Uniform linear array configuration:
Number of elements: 48
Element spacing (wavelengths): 0.75
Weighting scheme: kaiser
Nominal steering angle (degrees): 0
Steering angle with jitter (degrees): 1.554
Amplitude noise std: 0.05
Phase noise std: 0.05

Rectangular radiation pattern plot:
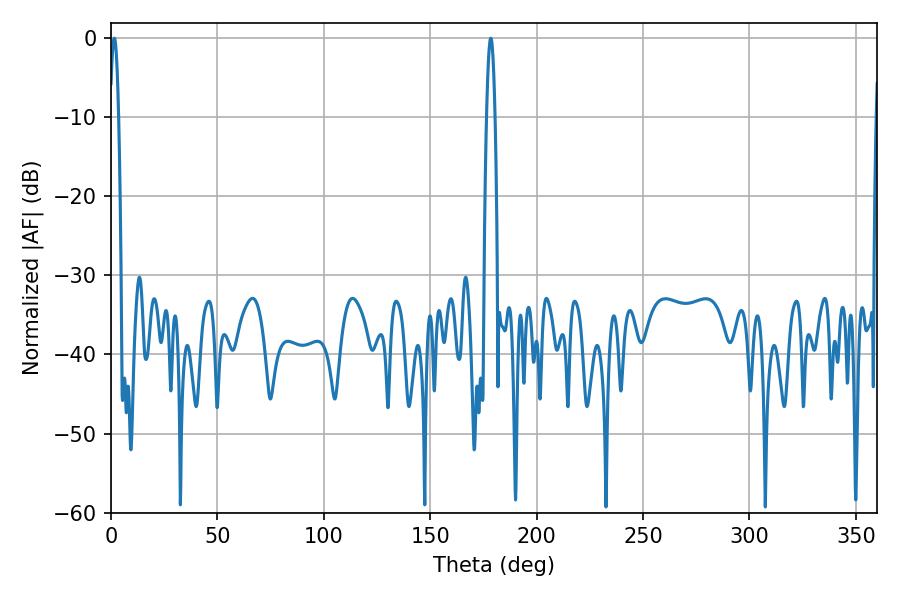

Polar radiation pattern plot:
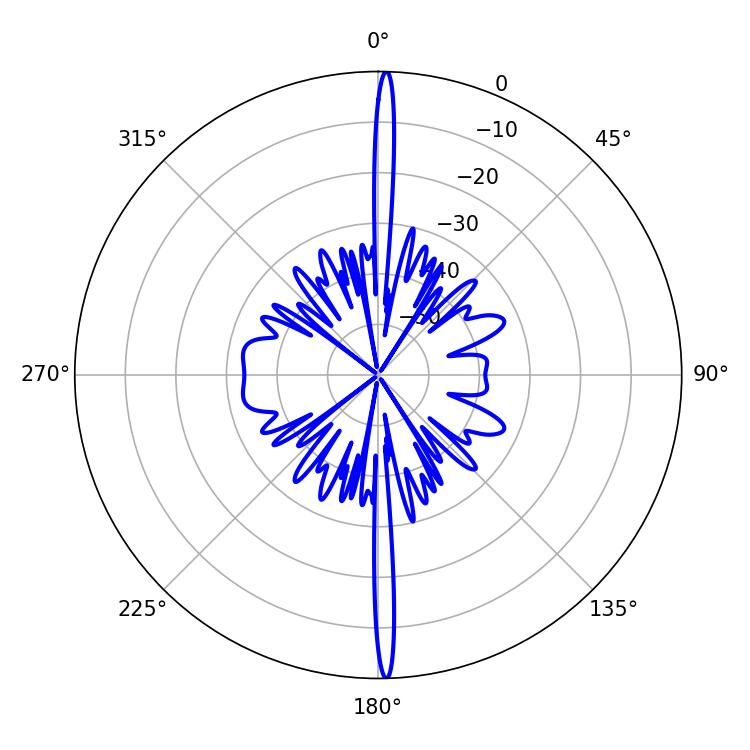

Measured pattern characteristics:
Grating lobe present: TRUE
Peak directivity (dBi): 29.693
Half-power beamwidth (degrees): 1.98
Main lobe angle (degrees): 1.62